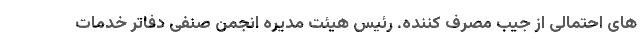
های احتمالی از جیب مصرف کننده. رئیس هیئت مدیره انجمن صنفی دفاتر خدمات